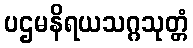
ပဌမနိရယသဂ္ဂသုတ္တံ